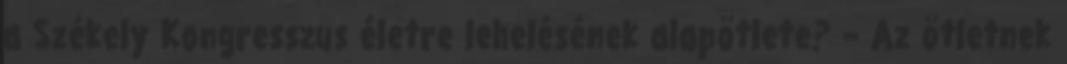
a Székely Kongresszus életre lehelésének alap­ötlete? – Az ötletnek